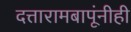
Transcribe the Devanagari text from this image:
दत्तारामबापूंनीही